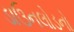
ડાઉનલોડનો